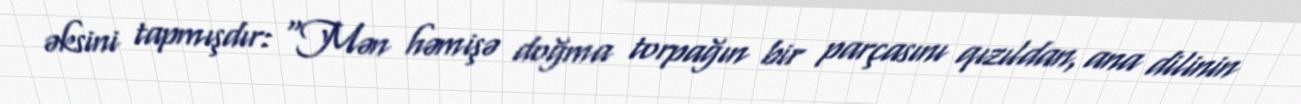
əksini tapmışdır: “Mən həmişə doğma torpağın bir parçasını qızıldan, ana dilinin